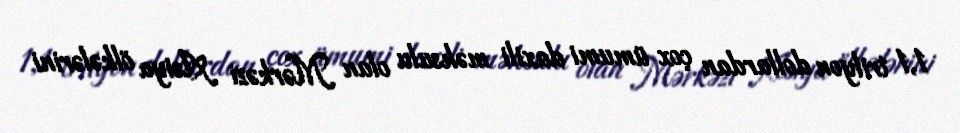
1,1 trilyon dollardan çox ümumi daxili məhsulu olan Mərkəzi Asiya ölkələrini